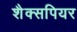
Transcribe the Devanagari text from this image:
शैक्सपियर